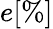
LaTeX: e[\% ]